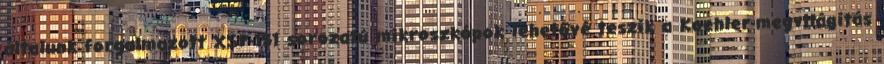
általunk forgalmazott XSP-151 sorozatú mikroszkópok lehetővé teszik a Koehler-megvilágítás